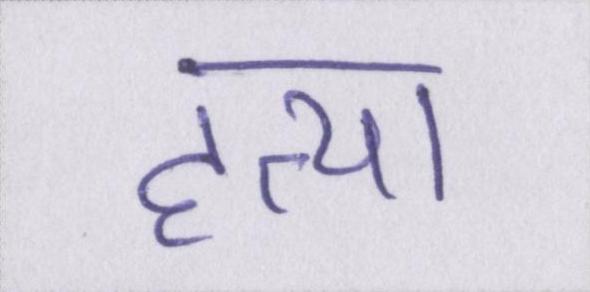
हत्या